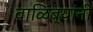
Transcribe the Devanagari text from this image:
वाळिंब्यांनी